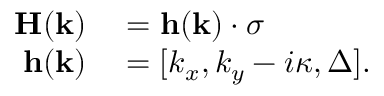
\begin{array} { r l } { \mathbf { H } ( \mathbf { k } ) } & { { } = { \mathbf { h } } ( \mathbf { k } ) \cdot \boldsymbol { \sigma } } \\ { { \mathbf { h } } ( \mathbf { k } ) } & { { } = [ k _ { x } , k _ { y } - i \kappa , \Delta ] . } \end{array}